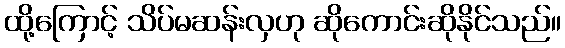
ထို့ကြောင့် သိပ်မဆန်းလှဟု ဆိုကောင်းဆိုနိုင်သည်။